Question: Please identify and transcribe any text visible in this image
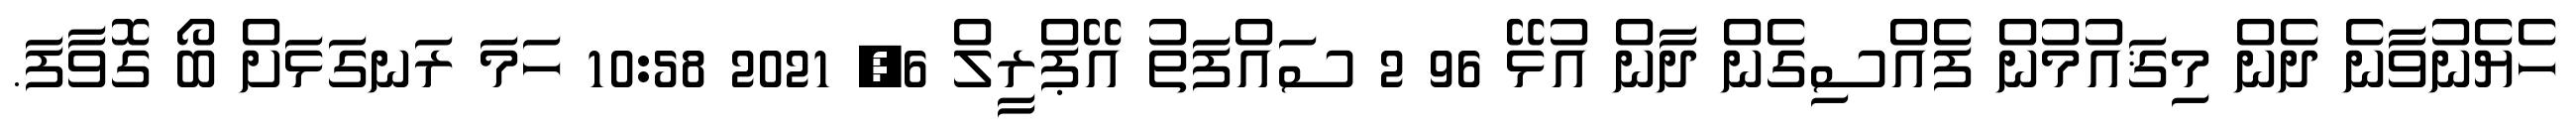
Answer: ހެޔެނުވާނެ ދެން މިޤައުމުން ފެއްސިގެން ދާން އުޅޭ 96 2 ސައްފަތު އޭޕްރީލް 6, 2021 10:58 ހަމަ ރަނގަޅަށް ބޯ ގޮވާފަ.